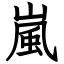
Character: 嵐